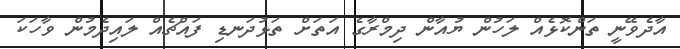
އާދެވޭނީ ތަންކޮޅެއް ލަހުން ޔުއާން ދިމްރާގެ އަތަށް ތަޅުދަނޑި ފައްޗެއް ލައިދެމުން ވާހަކަ